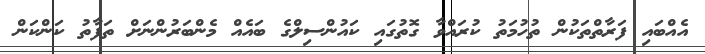
އެއްބައި ފަރާތްތަކުން ތުހުމަތު ކުރައްވާ ގޮތުގައި ކައުންސިލްގެ ބައެއް މެންބަރުންނަށް ތަފާތު ކަންކަން